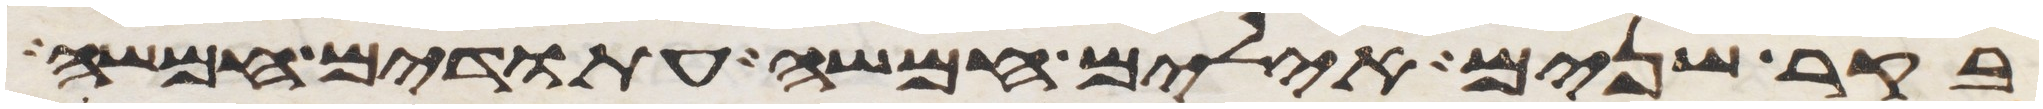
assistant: בקר שנים אילים חמשה עתודים חמשה